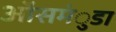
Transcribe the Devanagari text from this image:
ऑसमंुडा